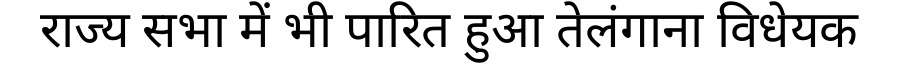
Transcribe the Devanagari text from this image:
राज्य सभा में भी पारित हुआ तेलंगाना विधेयक